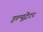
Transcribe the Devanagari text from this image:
इल्यूट्रेटर